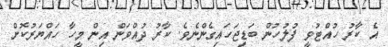
އެ ކާރު ހުއްޓުވީ ފުލުހުން ބަޑިޖަހައިގެންނެވެ. ކާރު ދުއްވަން އިން މީހާ ހައްޔަރުކޮށް